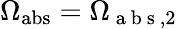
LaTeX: \Omega_{\mathrm{abs}}=\Omega_{\mathrm{~a~b~s~},2}